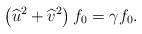
LaTeX: \begin{align*}\left(\widehat{u}^2 + \widehat{v}^2 \right) f_0= \gamma f_0.\end{align*}